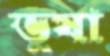
ভুষা